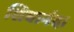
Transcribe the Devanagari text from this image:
शिवानंद।